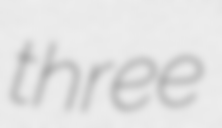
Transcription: three